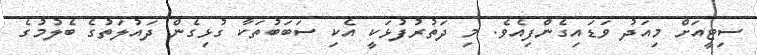
ސިޓީއަށް މިއަދު ވަޑައިގެންފިއެވެ. މި ދަތުރުފުޅަކީ އެކި ސަބަބުތަކާ ގުޅިގެން ދައުލަތުގެ ބެލުމުގެ